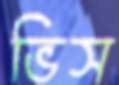
ভিস